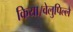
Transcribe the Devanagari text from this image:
किया।वेलुपिल्लै